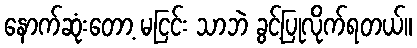
နောက်ဆုံးတော့ မငြင်း သာဘဲ ခွင့်ပြုလိုက်ရတယ်။